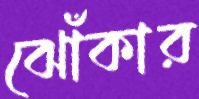
ঝোঁকার